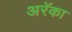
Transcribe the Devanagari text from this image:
अरॅका